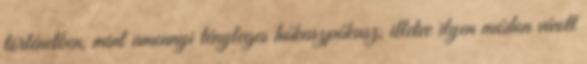
történetben, mint amennyi tényleges hókuszpókusz, illetve ilyen módon vívott